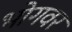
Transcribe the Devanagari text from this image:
भोगवर